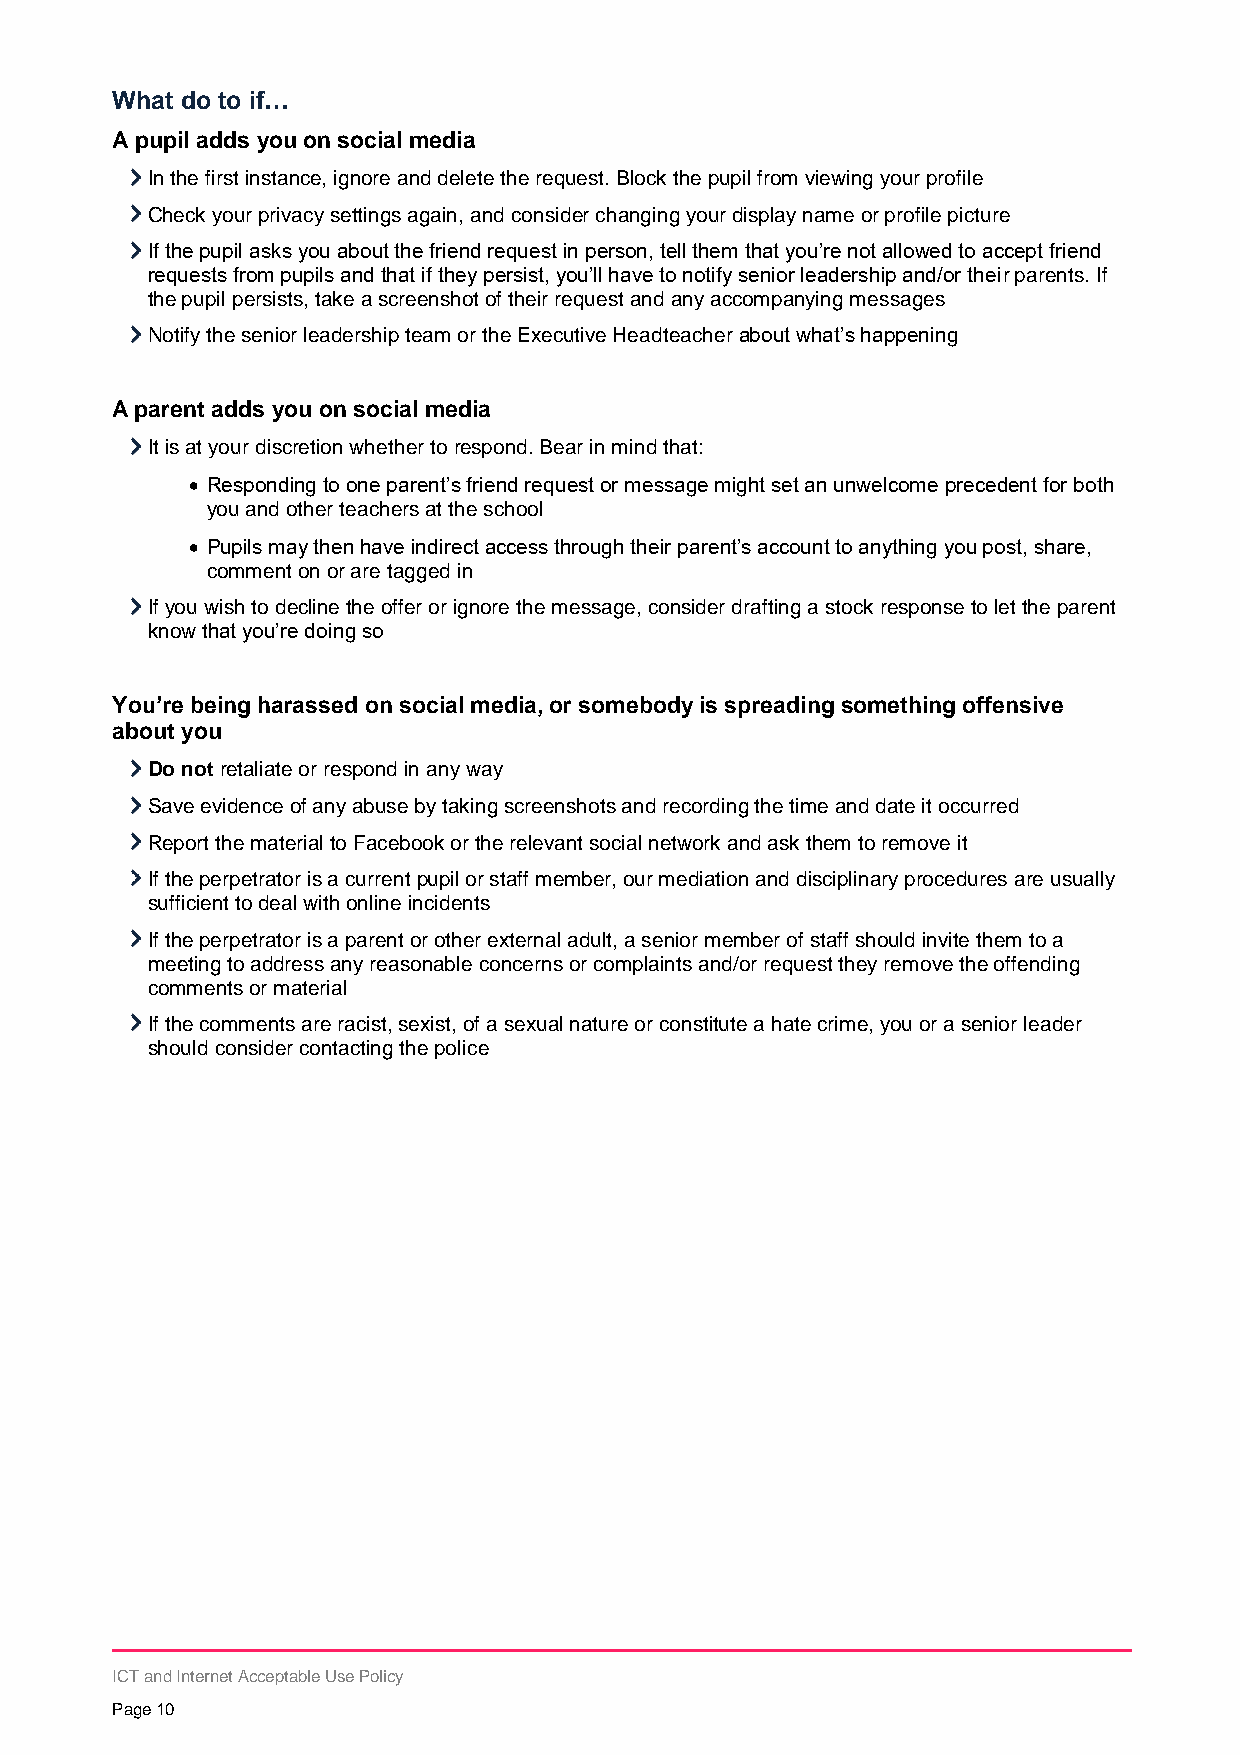
What do to if…
 A pupil adds you on social media
 In the first instance, ignore and delete the request. Block the pupil from viewing your profile
 Check your privacy settings again, and consider changing your display name or profile picture
 If the pupil asks you about the friend request in person, tell them that you’re not allowed to accept friend
 requests from pupils and that if they persist, you’ll have to notify senior leadership and/or their parents. If
 the pupil persists, take a screenshot of their request and any accompanying messages
 Notify the senior leadership team or the Executive Headteacher about what’s happening
 A parent adds you on social media
 It is at your discretion whether to respond. Bear in mind that:
  Responding to one parent’s friend request or message might set an unwelcome precedent for both
 you and other teachers at the school
  Pupils may then have indirect access through their parent’s account to anything you post, share,
 comment on or are tagged in
 If you wish to decline the offer or ignore the message, consider drafting a stock response to let the parent
 know that you’re doing so
 You’re being harassed on social media, or somebody is spreading something offensive
 about you
 Do not retaliate or respond in any way
 Save evidence of any abuse by taking screenshots and recording the time and date it occurred
 Report the material to Facebook or the relevant social network and ask them to remove it
 If the perpetrator is a current pupil or staff member, our mediation and disciplinary procedures are usually
 sufficient to deal with online incidents
 If the perpetrator is a parent or other external adult, a senior member of staff should invite them to a
 meeting to address any reasonable concerns or complaints and/or request they remove the offending
 comments or material
 If the comments are racist, sexist, of a sexual nature or constitute a hate crime, you or a senior leader
 should consider contacting the police
 ICT and Internet Acceptable Use Policy
 Page 10